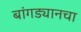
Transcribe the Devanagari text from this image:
बांगड्यानचा